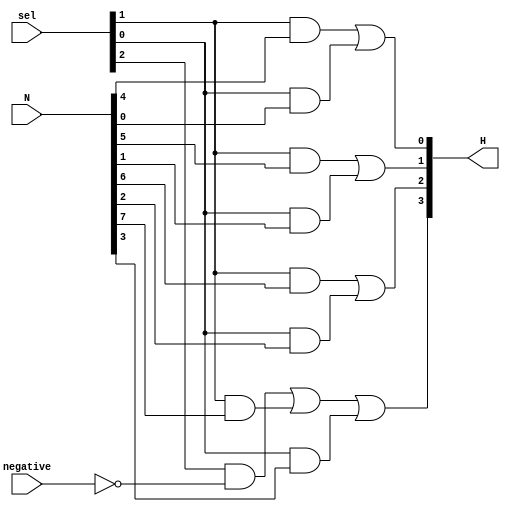
`timescale 1ns / 1ps
//////////////////////////////////////////////////////////////////////////////////
// Company: 
// Engineer: 
// 
// Design Name: 
// Module Name: selector
// Project Name: 
// Target Devices: 
// Tool Versions: 
// Description: 
// 
// Dependencies: 
// 
// Revision:
// Revision 0.01 - File Created
// Additional Comments:
// 
//////////////////////////////////////////////////////////////////////////////////


module selector(
        
     input [3:0] sel,
     input [7:0] N,
     input negative,
     output [3:0] H

    );
    
    assign H[0] = ((sel[2] & negative & 1'b0) | (sel[2] & ~negative & 1'b0) | (sel[1] & N[4]) | (sel[0] & N[0]));
    assign H[1] = ((sel[2] & negative & 1'b0) | (sel[2] & ~negative & 1'b0) | (sel[1] & N[5]) | (sel[0] & N[1]));
    assign H[2] = ((sel[2] & negative & 1'b0) | (sel[2] & ~negative & 1'b0) | (sel[1] & N[6]) | (sel[0] & N[2]));
    assign H[3] = ((sel[2] & negative & 1'b0) | (sel[2] & ~negative & 1'b1) | (sel[1] & N[7]) | (sel[0] & N[3]));
    
endmodule